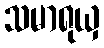
သမာရုယှ